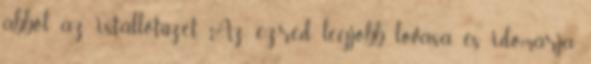
abból az istállótüzet. Az ezred legjobb lovasa és idomárja